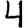
Digit: 4